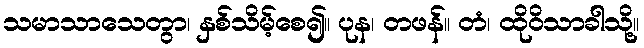
သမာသာသေတွာ၊ နှစ်သိမ့်စေ၍။ ပုန၊ တဖန်။ တံ၊ ထိုဝိသာခါသို့။